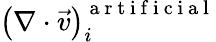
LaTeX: \left(\nabla\cdot\vec{v}\right)_{i}^{\mathrm{~a~r~t~i~f~i~c~i~a~l~}}